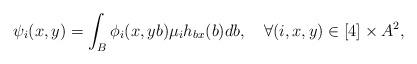
LaTeX: \begin{align*}\psi_i(x,y)=\int_B\phi_i(x,yb)\mu_ih_{bx}(b)db,\quad\forall (i,x,y)\in[4]\times A^2,\end{align*}